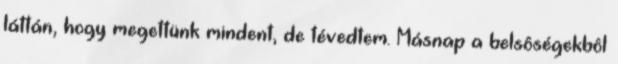
láttán, hogy megettünk mindent, de tévedtem. Másnap a belsôségekbôl